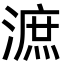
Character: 㵂